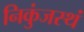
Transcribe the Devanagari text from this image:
निकुंजस्थं